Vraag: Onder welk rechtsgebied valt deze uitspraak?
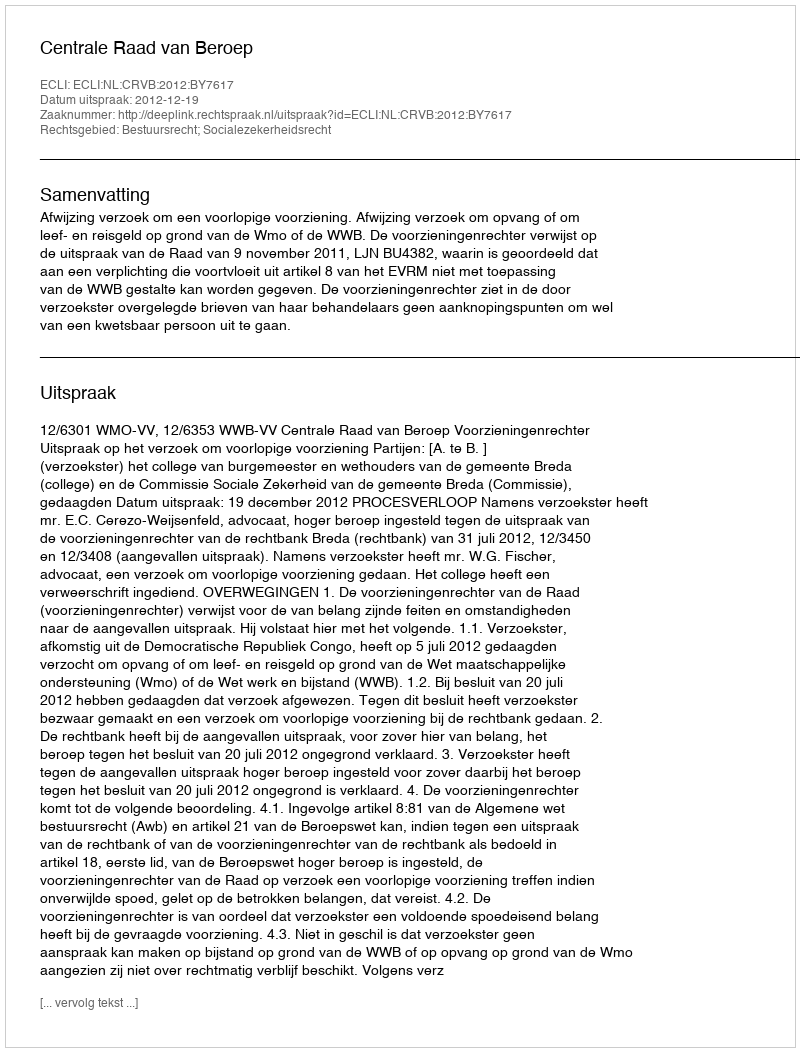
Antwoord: Bestuursrecht; Socialezekerheidsrecht